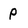
Character: P